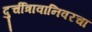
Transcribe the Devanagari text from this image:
दुर्चीत्रावानिवरचा